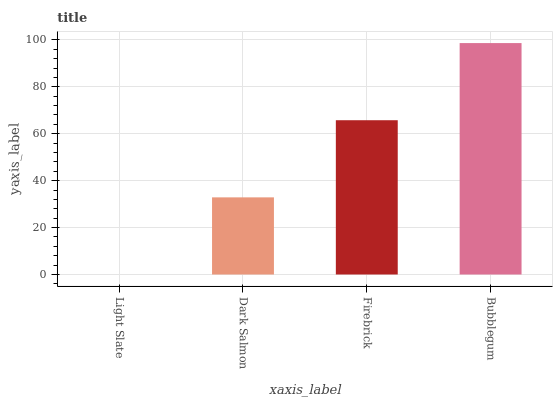
| xaxis_label | bars |
 | --- | --- |
 | Light Slate | 0 |
 | Dark Salmon | 32.9 |
 | Firebrick | 65.8 |
 | Bubblegum | 98.7 |